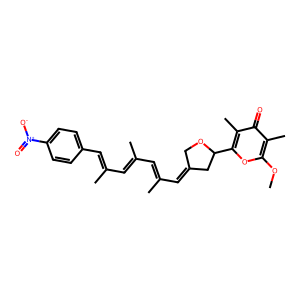
SMILES: COc1oc(C2CC(=CC(C)=CC(C)=CC(C)=Cc3ccc([N+](=O)[O-])cc3)CO2)c(C)c(=O)c1C
Inhibits HIV replication: No